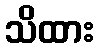
သိထား